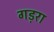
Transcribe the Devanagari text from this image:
गड़रा